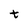
Character: t